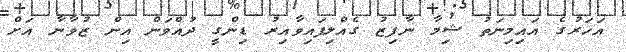
އަހަރުގެ އައިމިނަތު ޝިމާ ނާފިޒު ގެއްލިފައިވާއިރު ޑިންގީ ދުއްވަން އިން ޒުވާނާ އަށް